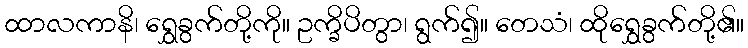
ထာလကာနိ၊ ရွှေခွက်တို့ကို။ ဥက္ခိပိတွာ၊ ရွက်၍။ တေသံ၊ ထိုရွှေခွက်တို့၏။